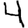
Digit: 4